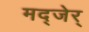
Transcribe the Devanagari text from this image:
मद्जेर्